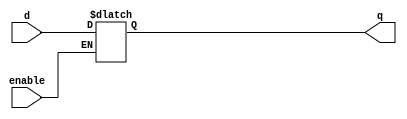
module LATCH_4(input d, enable, output reg q);
always @( d or enable)
    if(enable)
	    q <= d;
endmodule